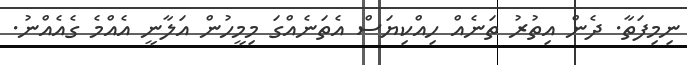
ނިމިފަތާ. ދެން އިތުރު ތަނެއް ހިއްކިޔަސް އެތަނެއްގަ މިމީހުން އަލާނީ އެއްމެ ގެއެއްނު.